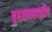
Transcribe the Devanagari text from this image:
बृहतमहाद्वीप